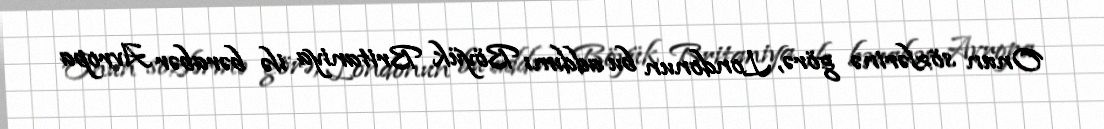
Onun sözlərinə görə, Londonun bu addımı Böyük Britaniya ilə bərabər Avropa